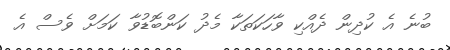
ބުނެ އެ ކުދިން ދެއްކި ވާހަކަތަކާ މެދު ކަންބޮޑުވާ ކަމަށް ވެސް އެ